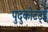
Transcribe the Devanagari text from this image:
पुदुकोटट्ई